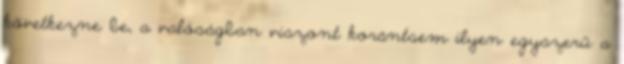
következne be, a valóságban viszont korántsem ilyen egyszerű a